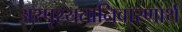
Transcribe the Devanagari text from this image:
अस्पृश्यतानिवारणार्थ